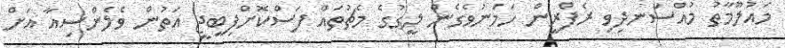
މައުލޫމާތު މުއްސަނދިވި ރެފްރީން ހަމަނުވެގެން ލީގުގެ މެޗުތައް ފަސްކޮށްފިބީޖީ އަތުން ވެލެންސިއާ އަށް